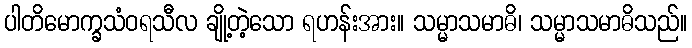
ပါတိမောက္ခသံဝရသီလ ချို့တဲ့သော ရဟန်းအား။ သမ္မာသမာဓိ၊ သမ္မာသမာဓိသည်။